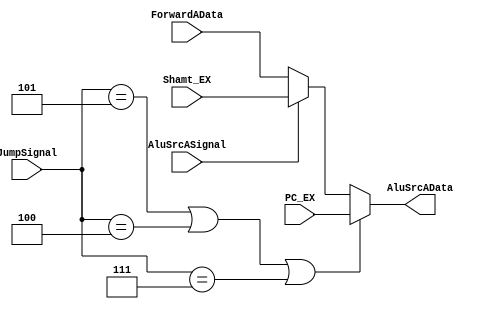
`timescale 1ns / 1ps

module AluSrcA(
    input [31:0] ForwardAData,
    input [31:0] Shamt_EX,
    input [31:0] PC_EX,
    input [2:0] JumpSignal,
    input AluSrcASignal,
    output reg[31:0] AluSrcAData    
    );
    
    always @(*) begin
        if(JumpSignal == 3'b101 || JumpSignal == 3'b100 || JumpSignal == 3'b111) AluSrcAData = PC_EX;
        else begin
            if(AluSrcASignal)
                AluSrcAData = Shamt_EX;
            else AluSrcAData = ForwardAData;
        end
    end
    
endmodule